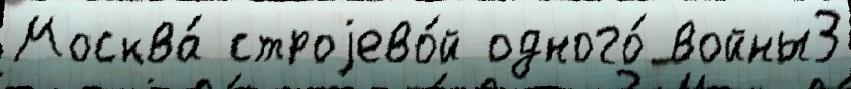
Москва́ строjево́й одного́ войны3